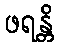
ဖရန္တိ